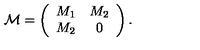
{ \cal M } = \left( \begin{array} { c c } { M _ { 1 } } & { M _ { 2 } } \\ { M _ { 2 } } & { 0 } \\ \end{array} \right) .